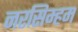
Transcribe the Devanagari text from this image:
नरसिम्हम